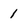
Character: 1